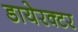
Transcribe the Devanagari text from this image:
डायेरक्टर